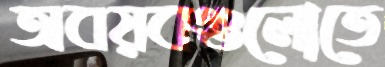
অবয়বগুলোতে